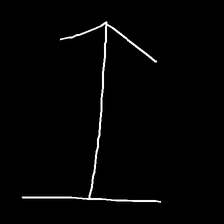
Glyph: levitation